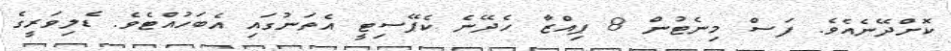
ކޮށްދޭނެއެވެ. ފަސް މިނެޓުން 8 ޕިއްޒާ ހެދޭނެ ކެޕޭސިޓީ އެތަނުގައި އެބަހުއްޓެވެ. ޑެލިވަރީގެ